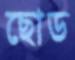
ছোড